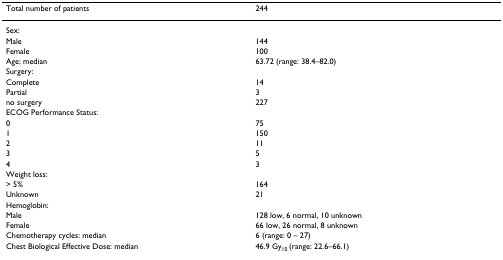
<table><thead><tr><td><b>Total number of patients</b></td><td><b>244</b></td></tr></thead><tbody><tr><td>Sex:</td><td></td></tr><tr><td>Male</td><td>144</td></tr><tr><td>Female</td><td>100</td></tr><tr><td>Age: median</td><td>63.72 (range: 38.4–82.0)</td></tr><tr><td>Surgery:</td><td></td></tr><tr><td>Complete</td><td>14</td></tr><tr><td>Partial</td><td>3</td></tr><tr><td>no surgery</td><td>227</td></tr><tr><td>ECOG Performance Status:</td><td></td></tr><tr><td>0</td><td>75</td></tr><tr><td>1</td><td>150</td></tr><tr><td>2</td><td>11</td></tr><tr><td>3</td><td>5</td></tr><tr><td>4</td><td>3</td></tr><tr><td>Weight loss:</td><td></td></tr><tr><td>&gt; 5%</td><td>164</td></tr><tr><td>Unknown</td><td>21</td></tr><tr><td>Hemoglobin:</td><td></td></tr><tr><td>Male</td><td>128 low, 6 normal, 10 unknown</td></tr><tr><td>Female</td><td>66 low, 26 normal, 8 unknown</td></tr><tr><td>Chemotherapy cycles: median</td><td>6 (range: 0 – 27)</td></tr><tr><td>Chest Biological Effective Dose: median</td><td>46.9 Gy<sub>10 </sub>(range: 22.6–66.1)</td></tr></tbody></table>